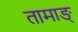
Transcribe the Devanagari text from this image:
तामाङ्‌